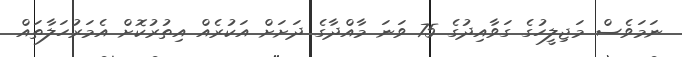
ނަމަވެސް މަޖިލީހުގެ ގަވާއިދުގެ 75 ވަނަ މާއްދާގެ ދަށަށް އަކުރެއް އިތުރުކޮށް އެމަރުހަލާތައް